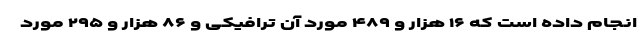
انجام داده است که ۱۶ هزار و ۴۸۹ مورد آن ترافیکی و ۸۶ هزار و ۲۹۵ مورد